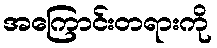
အကြောင်းတရားကို